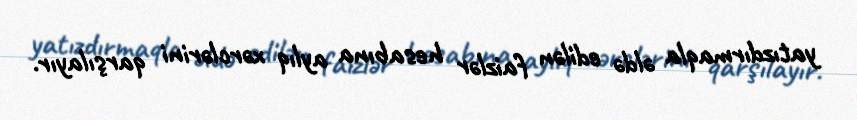
yatızdırmaqla əldə edilən faizlər hesabına aylıq xərclərini qarşılayır.